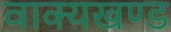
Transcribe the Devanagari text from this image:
वाक्यखण्ड